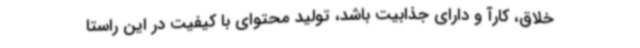
خلاق، کارآ و دارای جذابیت باشد، تولید محتوای با کیفیت در این راستا